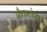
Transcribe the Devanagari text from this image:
नौकरपेशा